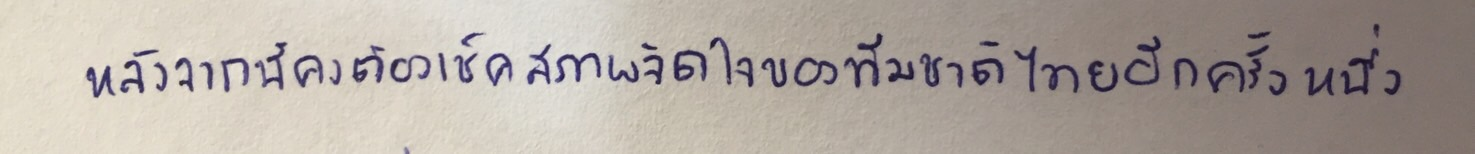
หลังจากนี้คงต้องเช็คสภาพจิตใจของทีมชาติไทยอีกครั้งหนึ่ง